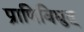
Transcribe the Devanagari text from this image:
प्राणिविद्युत्